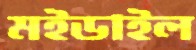
মইডাইল